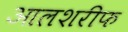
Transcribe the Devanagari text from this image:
आलशरीफ